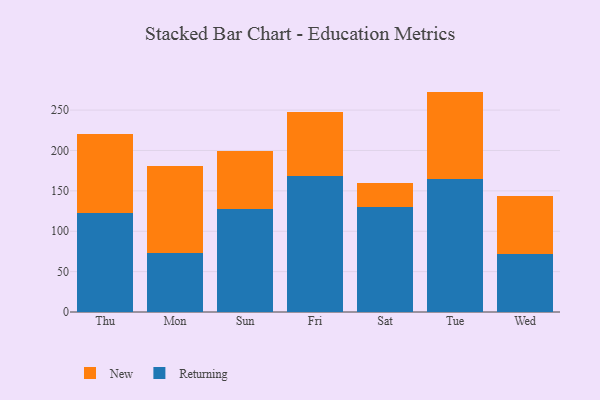
{"axis": {"x": "Day", "y": "LTV (USD)"}, "legend": ["New", "Returning"], "data": [{"x": "Thu", "y": 122.3, "type": "Returning"}, {"x": "Thu", "y": 98.5, "type": "New"}, {"x": "Mon", "y": 73.4, "type": "Returning"}, {"x": "Mon", "y": 107.6, "type": "New"}, {"x": "Sun", "y": 127.0, "type": "Returning"}, {"x": "Sun", "y": 72.5, "type": "New"}, {"x": "Fri", "y": 168.4, "type": "Returning"}, {"x": "Fri", "y": 79.1, "type": "New"}, {"x": "Sat", "y": 130.1, "type": "Returning"}, {"x": "Sat", "y": 30.2, "type": "New"}, {"x": "Tue", "y": 164.1, "type": "Returning"}, {"x": "Tue", "y": 108.8, "type": "New"}, {"x": "Wed", "y": 71.4, "type": "Returning"}, {"x": "Wed", "y": 72.2, "type": "New"}]}